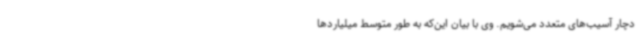
دچار آسیب‌های متعدد می‌شویم. وی با بیان این‌که به طور متوسط میلیاردها